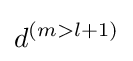
d^{(m>l+1)}